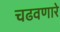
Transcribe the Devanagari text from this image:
चढवणारे